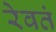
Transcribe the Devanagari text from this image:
रेवतं